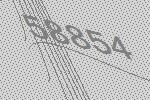
58854